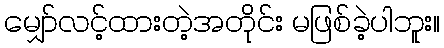
မျှော်လင့်ထားတဲ့အတိုင်း မဖြစ်ခဲ့ပါဘူး။